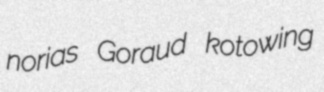
norias Goraud kotowing